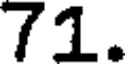
71.